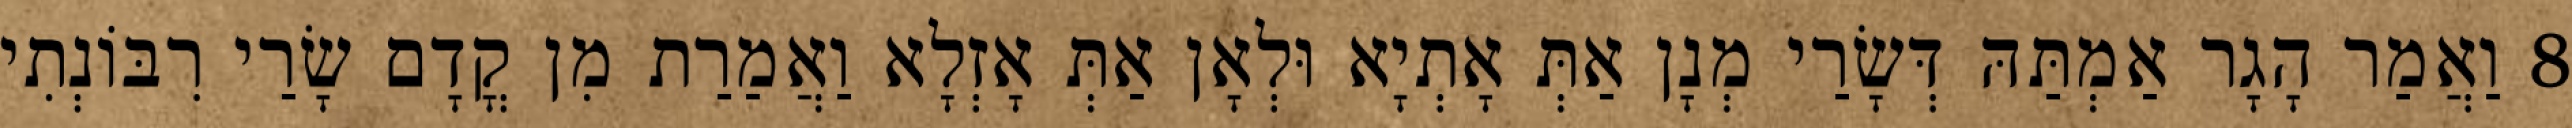
8 וַאֲמַר הָגָר אַמְתַּהּ דְּשָׂרַי מְנָן אַתְּ אָתְיָא וּלְאָן אַתְּ אָזְלָא וַאֲמַרַת מִן קֳדָם שָׂרַי רִבּוֹנְתִי